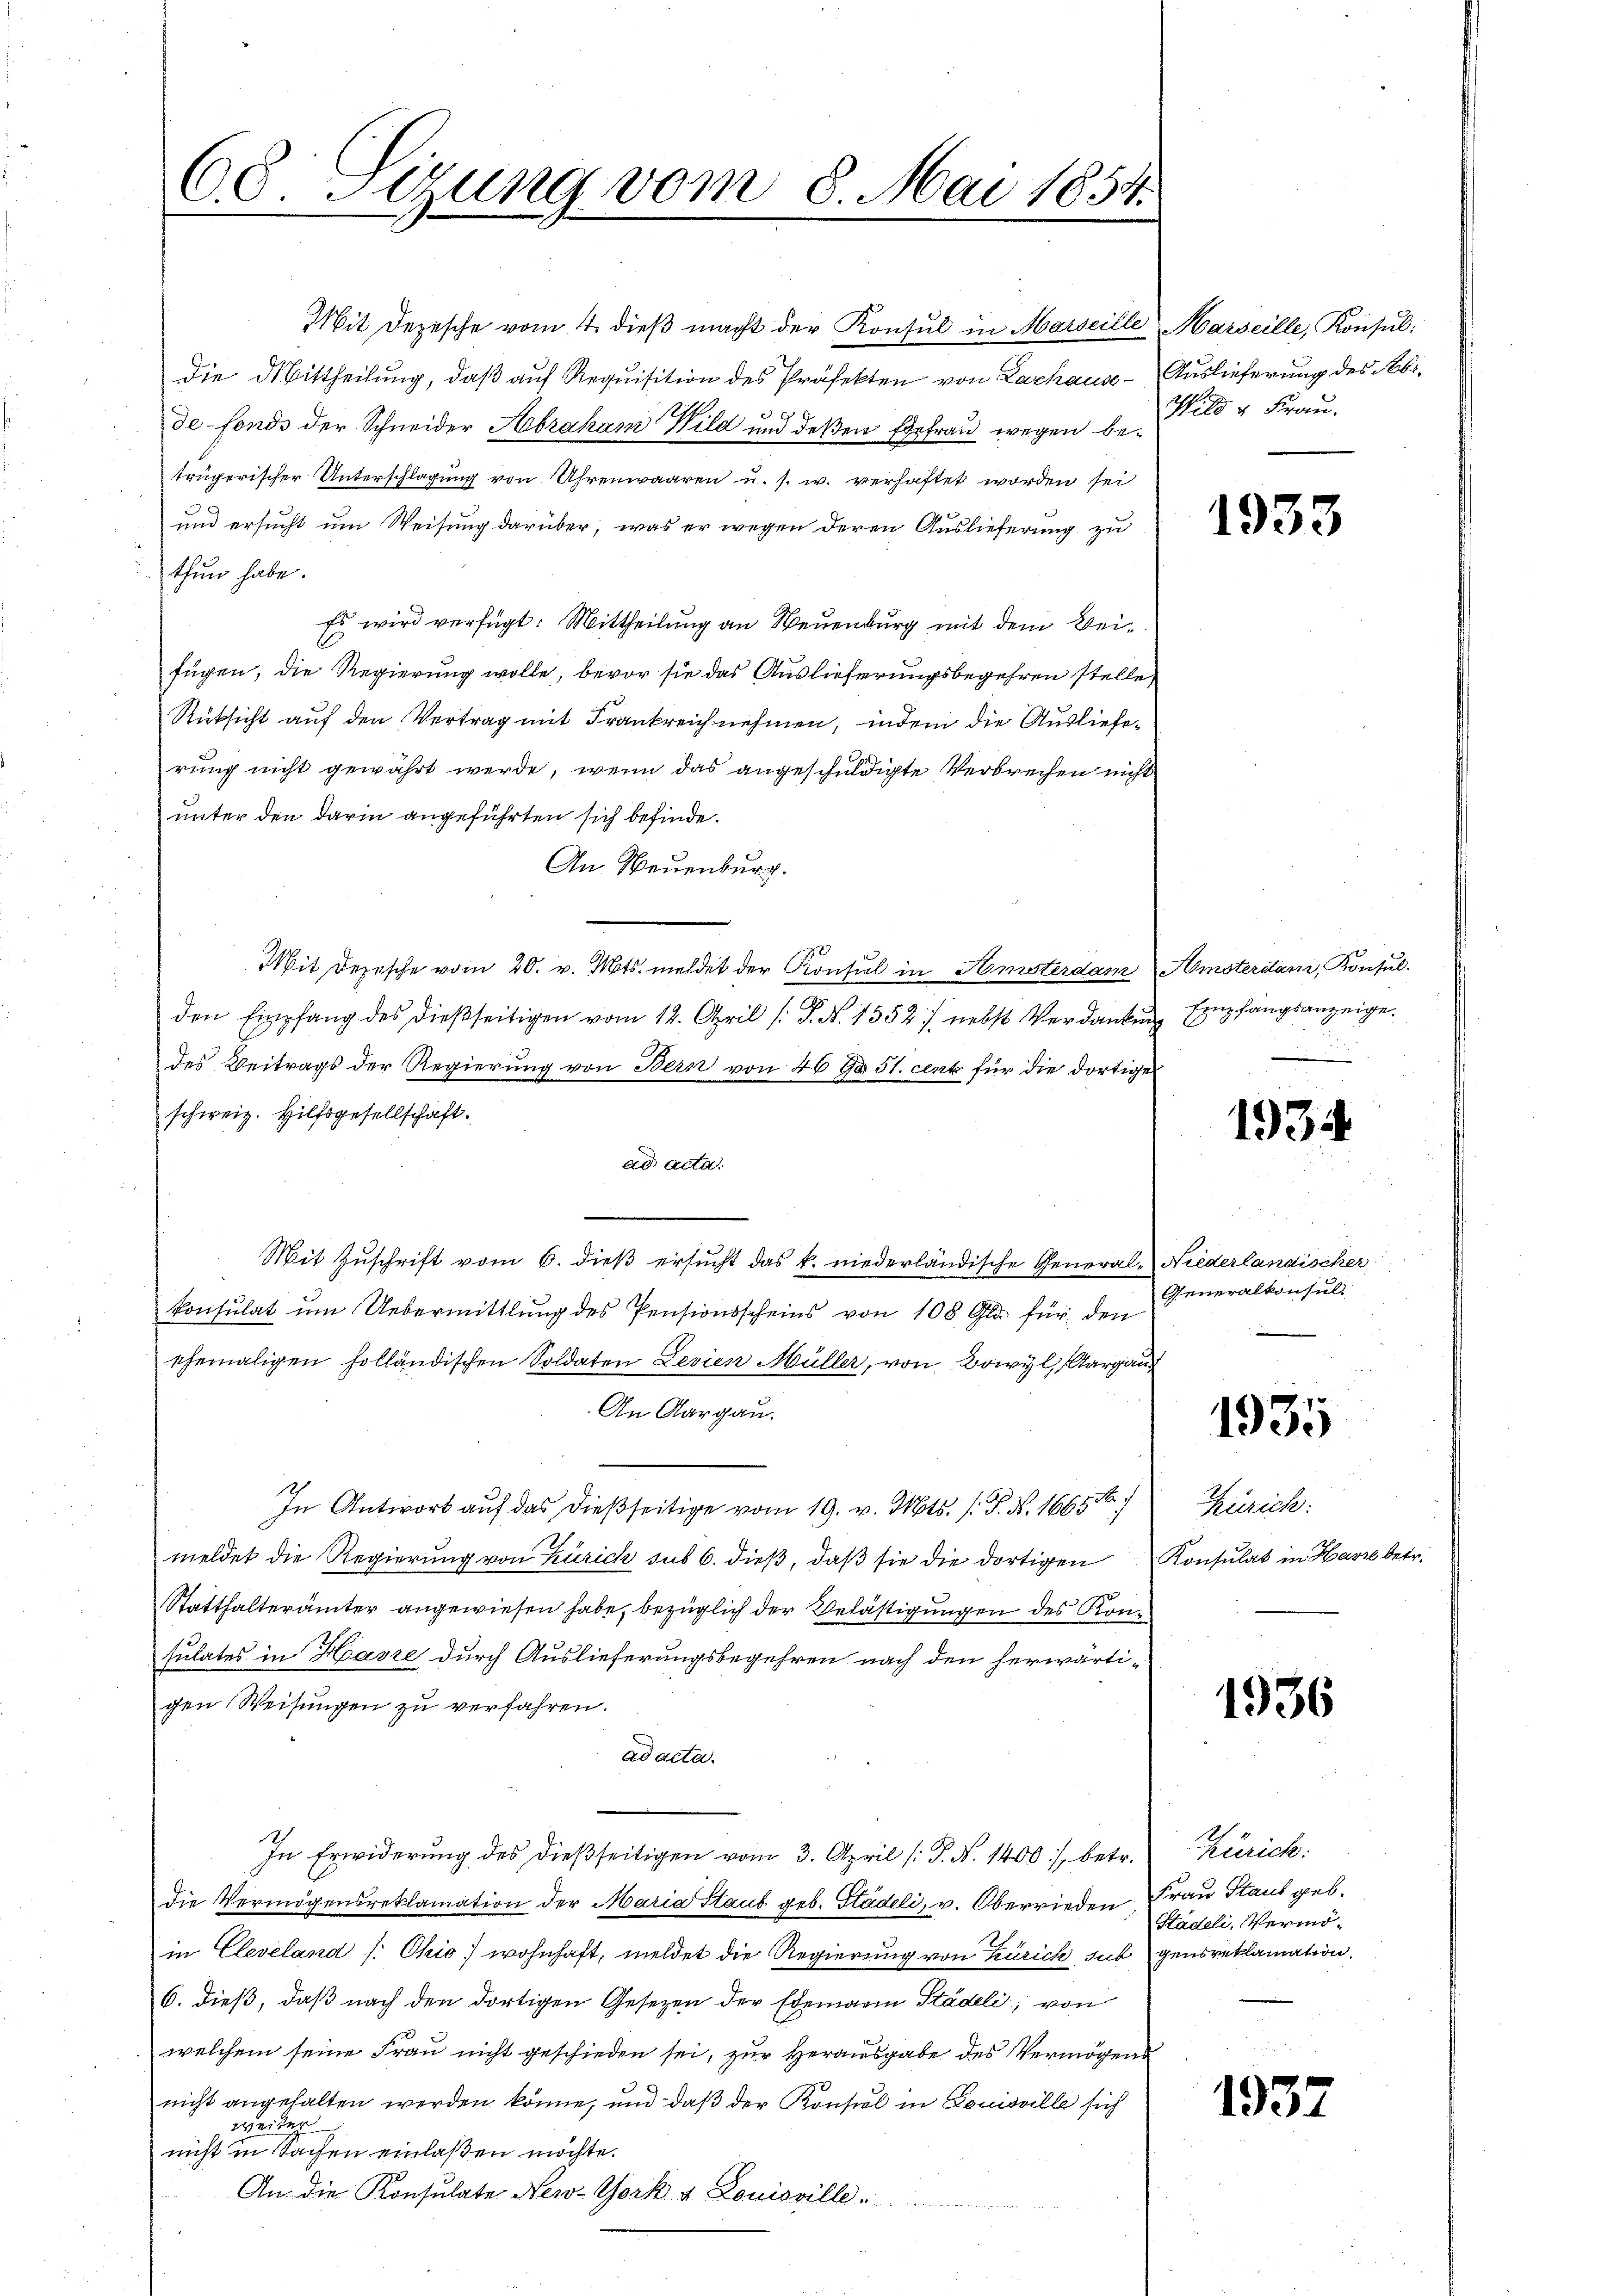
60. Sitzung vom 8. Mai 1854.

Mit Depesche vom 4. dieß macht der Konsul in Marseille
Die Mittheilung, daß auf Requisition des Präfekten von Lachaus-Auslieferung des Nobide-Fonds der Schneider Abraham Wild und deßen Ehefrau wegen bei Frau,
trügerischer Unterschlagung von Uhrenwaaren u. s. w. verhaftet worden sei
3
und ersucht um Weisung darüber, was er wegen deren Auslieferung zu
thun habe.
Es wird verfügt: Mittheilung an Neuenburg mit dem Beifügen, die Regierung wolle, bevor sie das Auslieferungsbegehren stelle,
Rüksicht auf den Vertrag mit Frankreich nehmen, indem die Auslieferung nicht gewährt werde, wenn das angeschuldigte Verbrechen nicht
unter den darin angeführten sich befinde.
An Neuenburg.
Mit Depesche vom 20. v. Mts. meldet der Konsul in Amsterdam Amsterdam, Konsul-
den Empfang des dießseitigen vom 12. April /: P. N. 1352) nebst Verdankŭng Empfangsanzeige.
des Beitrags der Regierung von Bern von 46 da. 51. cent für die dortige
schweiz. Hilfsgesellschaft.
konsulat ŭm Uebermittlung des Pensionsscheins von 108 Gl. für den
ehemaligen folländischen Soldaten Levien Müller, von Bowyl, Aargau
An Aargau.
In Antwort auf das dießseitige vom 19. v. Mts. f. P. Nr. 1665
meldet die Regierung von Zürich sub 6. dieß, daβ sie die dortigen Konsulat in Havre betr.
Statthalterämter angewiesen habe, bezüglich der Belästigungen des Konsulates in Hasse durch Auslieferungsbegehren nach den herwärti-
gen Weisungen zu verfahren.
ad acta.
In Erwiderŭng des dieβseitigen vom 3. April (T. N. 1400), betr.
die Vermögensreklamation der Maria Staub geb. Stadeli, v. Oberrieden Frau Staus geb.
in Cleveland /: Ohio wohnhaft, meldet die Regierung von Zürich sub gensreklamation.
6. dieß, daß nach den dortigen Gesezen der Ehemann Städeli, von
welchem seine Frau nicht geschieden sei, zur Herausgabe des Vermögens
nicht angehalten werden könne, und daß der Konsul in Louisville sich
weiter
nicht in Sachen einlaßen möchte.
An die Konsulate New-York u. Louisville.

ad acta.

Mit Zuschrift vom 6. dieß ersucht das k. niederländische General-Niederlandischer

Marseille, Konsul:

1933

1934

Generalkonsul

1935

Zürich:

1936

1937

Zürich:
Stadeli, Vermö¬